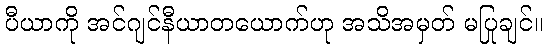
ပီယာကို အင်ဂျင်နီယာတယောက်ဟု အသိအမှတ် မပြုချင်။